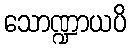
သောဏ္ဍာယပိ